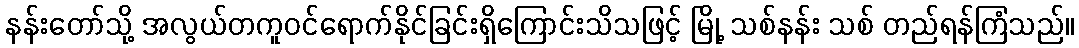
နန်းတော်သို့ အလွယ်တကူဝင်ရောက်နိုင်ခြင်းရှိကြောင်းသိသဖြင့် မြို့ သစ်နန်း သစ် တည်ရန်ကြံသည်။